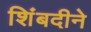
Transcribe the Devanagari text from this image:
शिंबदीने